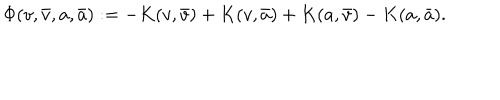
LaTeX: \Phi ( v , \bar { v } , a , \bar { a } ) : = - K ( v , \bar { v } ) + K ( v , \bar { a } ) + K ( a , \bar { v } ) - K ( a , \bar { a } ) .